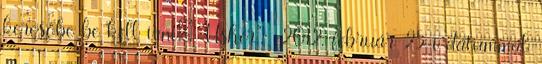
keresőbe be kell írni: "Usher". 2012. február 25-i dátummal